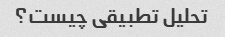
تحلیل تطبیقی چیست؟